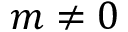
m \neq 0